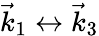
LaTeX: \vec{k}_{1}\leftrightarrow\vec{k}_{3}